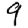
Digit: 9